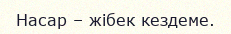
Насар – жібек кездеме.